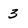
Character: 3